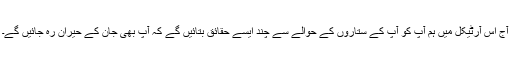
آج اس آرٹیکل میں ہم آپ کو آپ کے ستاروں کے حوالے سے چند ایسے حقائق بتائیں گے کہ آپ بھی جان کے حیران رہ جائیں گے۔